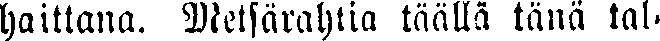
haittana. Metsärahtia täällä tänä tal-